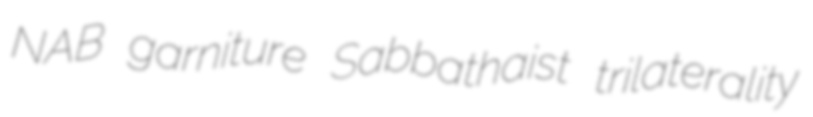
NAB garniture Sabbathaist trilaterality